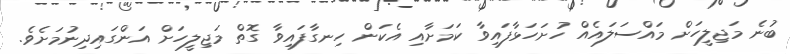
ބުނެ މަޖިލީހަށް މައްސަލައެއް ހުށަހަޅާފައިވާ ކަމަށާއި އެކަން ހިނގާފައިވާ ގޮތް މަޖިލީހަށް އަންގައިދިނުމަށެވެ.